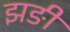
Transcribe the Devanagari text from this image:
झङी